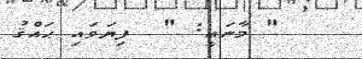
" މާނައީ: "  ފިޔަވައި ޙައްޤު